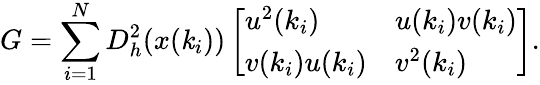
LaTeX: G=\sum_{i=1}^{N}D_{h}^{2}(x(\mathit{k}_{i}))\left[\begin{array}{ll}{u^{2}(k_{i})}&{u(k_{i})v(k_{i})}\\ {v(k_{i})u(k_{i})}&{v^{2}(k_{i})}\end{array}\right].